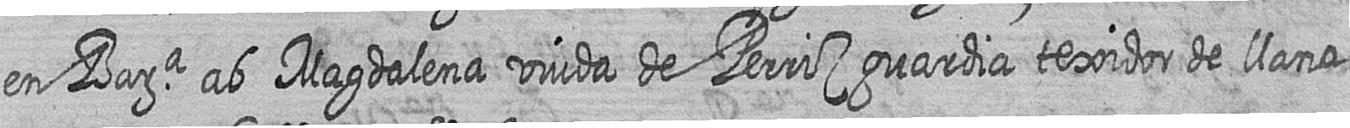
en Bara ab Magdalena viuda de Perriz guardia texidor de llana